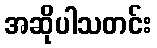
အဆိုပါသတင်း